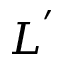
L ^ { ' }